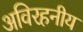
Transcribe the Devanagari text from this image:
अविरहनीय